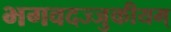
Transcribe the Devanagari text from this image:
भगवदज्जुकीयम्‌